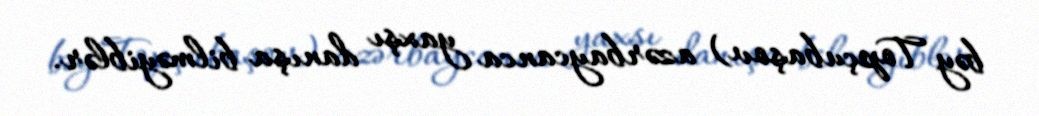
bəy Topçubaşov) azərbaycanca yaxşı danışa bilməyiblər.